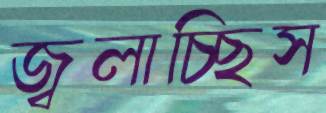
জ্বলাচ্ছিস